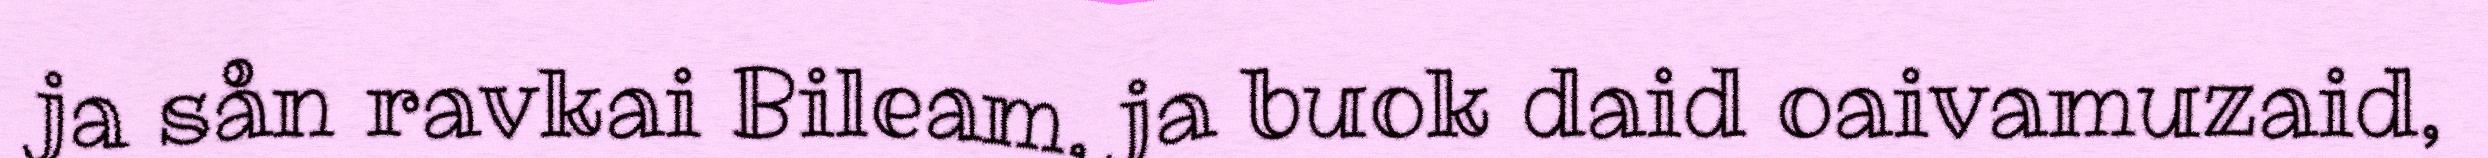
ja sån ravkai Bileam, ja buok daid oaivamuzaid,